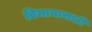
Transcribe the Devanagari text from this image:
विमानासाठी